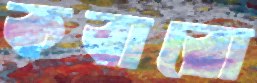
কবারো